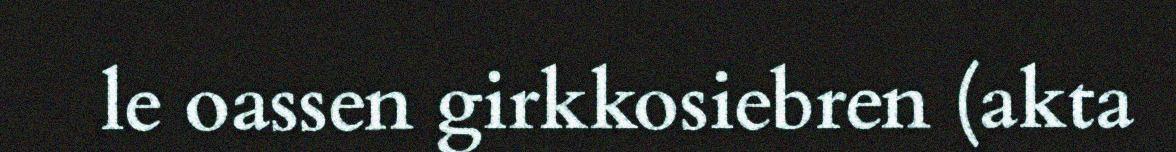
le oassen girkkosiebren (akta